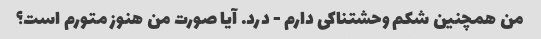
من همچنین شکم وحشتناکی دارم - درد. آیا صورت من هنوز متورم است؟